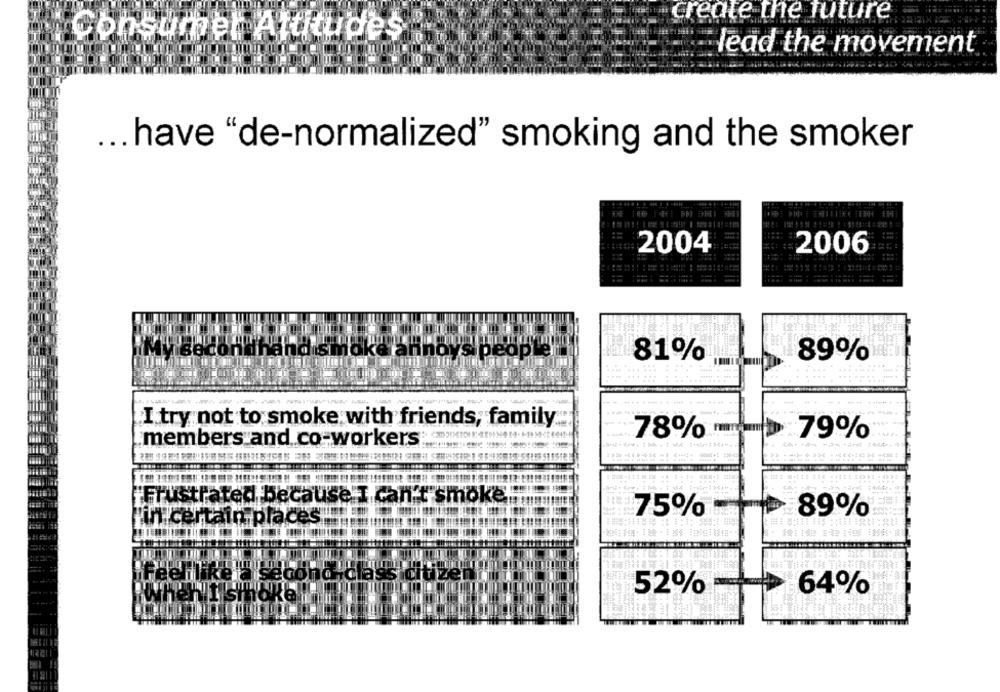
create the future
Consumer Attitudes
lead the movement
... have "de-normalized" smoking and the smoker
2004
2006
81%
89%
I try not to smoke with friends, family
78%
79%
members and co-workers
M
44.9.
"Frustrated because I can't smoke
75%
89%
"in certain places
iFeellike a second class doze
52%
64%
when I smoke